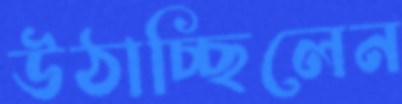
উঠাচ্ছিলেন